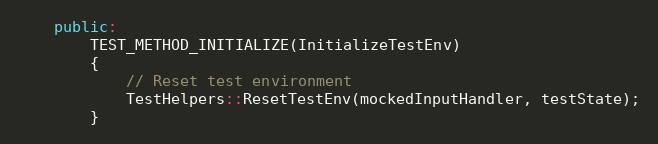
Language: C++
    public:
        TEST_METHOD_INITIALIZE(InitializeTestEnv)
        {
            // Reset test environment
            TestHelpers::ResetTestEnv(mockedInputHandler, testState);
        }